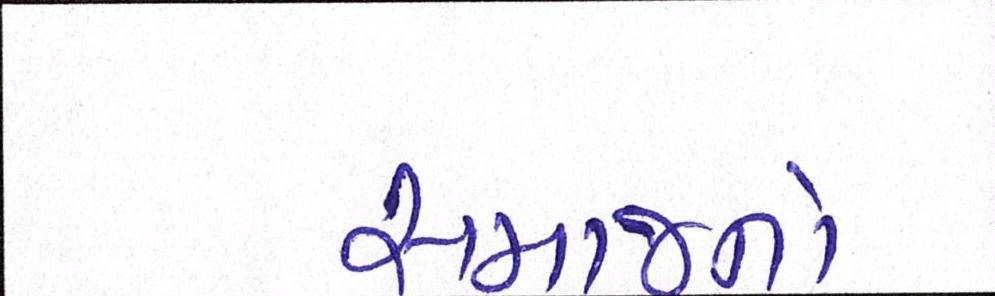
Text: સમાજનો